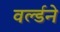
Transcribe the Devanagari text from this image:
वर्ल्डने